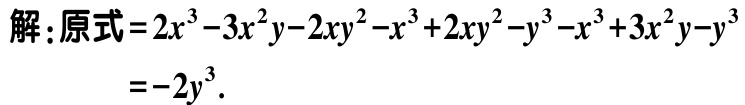
解：原式\(=2x^{3}-3x^{2}y - 2xy^{2}-x^{3}+2xy^{2}-y^{3}-x^{3}+3x^{2}y - y^{3}\)

\(=-2y^{3}\)．